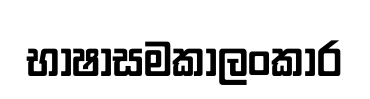
භාෂාසමකාලංකාර